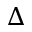
\Delta